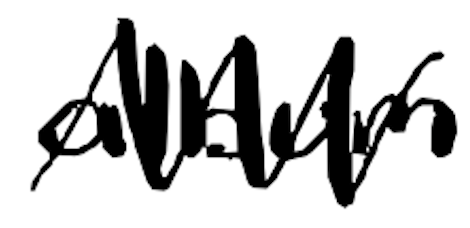
Text: album
Cross-out: zig-zag
Writing tool: digital_black